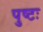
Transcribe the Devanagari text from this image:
पुष्टः